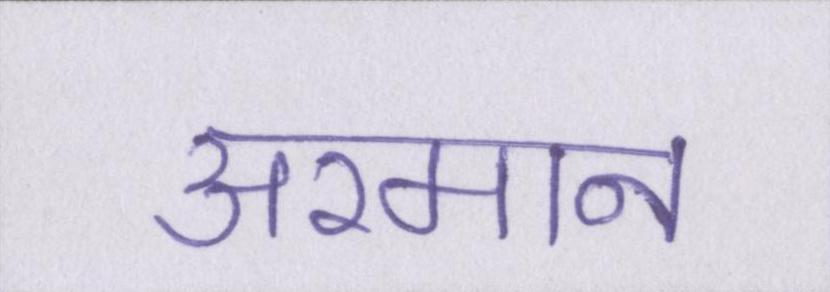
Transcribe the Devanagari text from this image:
अरमान